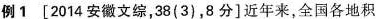
例1[2014安徽文综，38(3)，8分]近年来，全国各地积